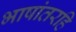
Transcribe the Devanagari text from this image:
भाषांतरहि